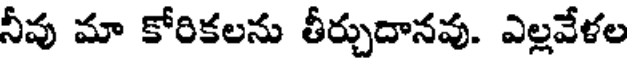
నీవు మా కోరికలను తీర్చుదానవు. ఎల్లవేళల